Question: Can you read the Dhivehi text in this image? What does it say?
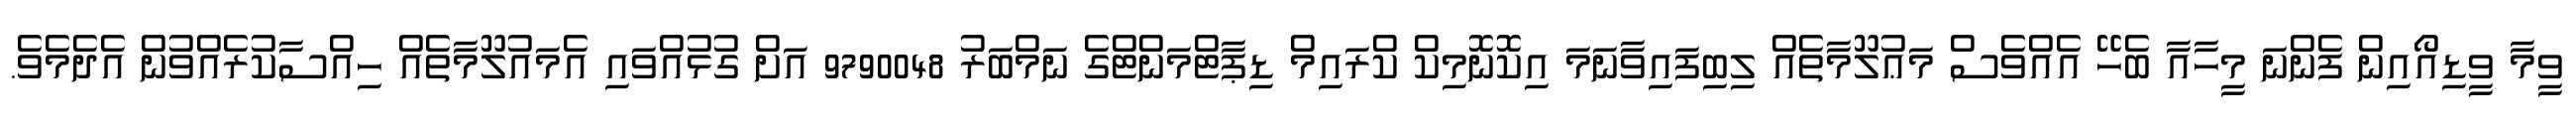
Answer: ވީމާ ވީޑިއޯއިން ފެންނަ މީހާއާ ބެހޭ އެއްވެސް މަޢުލޫމާތެއް ލިބިފައިވާނަމަ އިކޮނޮމިކް ކްރައިމް ޑިޕާޓްމަންޓްގެ ނަމްބަރު 9790048 އަށް ގުޅުއްވައި އެމައުލޫމާތެއް ހިއްސާކުރެއްވުން އެދެމެވެ.